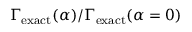
\Gamma _ { \mathrm { e x a c t } } ( \alpha ) / \Gamma _ { \mathrm { e x a c t } } ( \alpha = 0 )